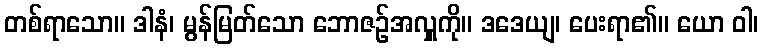
တစ်ရာသော။ ဒါနံ၊ မွန်မြတ်သော ဘောဇဉ်အလှူကို။ ဒဒေယျ၊ ပေးရာ၏။ ယော ဝါ၊